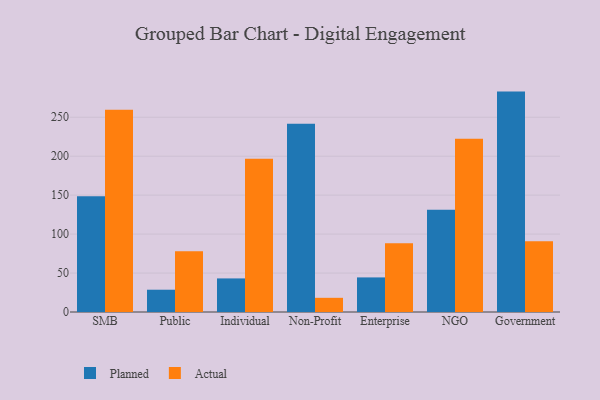
{"axis": {"x": "Segment", "y": "Demand Index"}, "legend": ["Actual", "Planned"], "data": [{"x": "SMB", "y": 148.6, "type": "Planned"}, {"x": "SMB", "y": 259.6, "type": "Actual"}, {"x": "Public", "y": 28.6, "type": "Planned"}, {"x": "Public", "y": 77.9, "type": "Actual"}, {"x": "Individual", "y": 43.1, "type": "Planned"}, {"x": "Individual", "y": 196.6, "type": "Actual"}, {"x": "Non-Profit", "y": 241.7, "type": "Planned"}, {"x": "Non-Profit", "y": 18.2, "type": "Actual"}, {"x": "Enterprise", "y": 44.4, "type": "Planned"}, {"x": "Enterprise", "y": 88.4, "type": "Actual"}, {"x": "NGO", "y": 131.1, "type": "Planned"}, {"x": "NGO", "y": 222.3, "type": "Actual"}, {"x": "Government", "y": 282.9, "type": "Planned"}, {"x": "Government", "y": 90.7, "type": "Actual"}]}